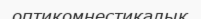
оптикомнестикалық